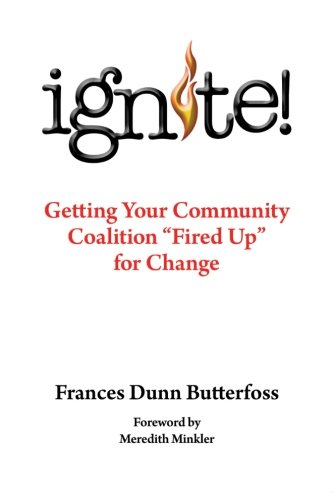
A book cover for Ignite!: Getting Your Community Coalition Fired Up for Change; Frances Dunn Butterfoss Ph.D; Health, Fitness & Dieting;